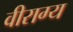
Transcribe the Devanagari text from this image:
वीराग्य